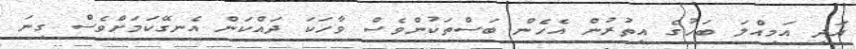
އަދި އަމިއްލަ ބަހުގެ އިތުރުން އެހެން ބަސްތަކުންވެސް ވާހަކަ ދައްކަން އެނގޭކަމަށްވެސް ގިނަ